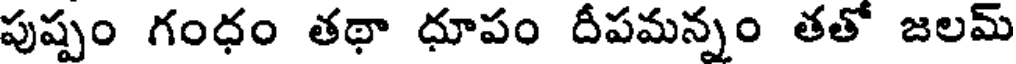
పుష్పం గంధం తథా ధూపం దీపమన్నం తతో జలమ్